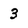
Character: 3